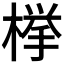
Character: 﨔